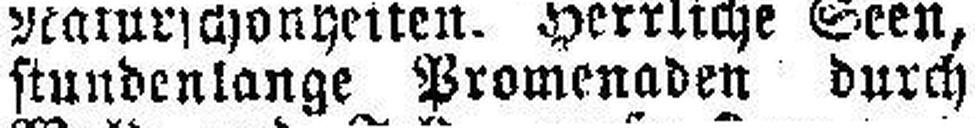
stundenlange Promenaden durch